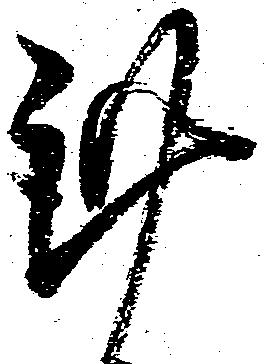
謹